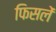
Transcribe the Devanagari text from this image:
फिसलें